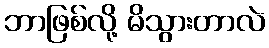
ဘာဖြစ်လို့ မိသွားတာလဲ